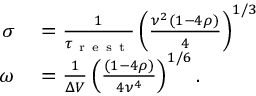
\begin{array} { r l } { \sigma } & { { } = \frac { 1 } { \tau _ { \mathrm { ~ r ~ e ~ s ~ t ~ } } } \left( \frac { \nu ^ { 2 } ( 1 - 4 \rho ) } { 4 } \right) ^ { 1 / 3 } } \\ { \omega } & { { } = \frac { 1 } { \Delta V } \left( \frac { ( 1 - 4 \rho ) } { 4 \nu ^ { 4 } } \right) ^ { 1 / 6 } . } \end{array}